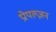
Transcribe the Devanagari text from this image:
प्रोपल्ज़न